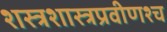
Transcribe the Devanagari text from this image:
शस्त्रशास्त्रप्रवीणश्च